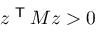
z ^ { \textsf { T } } M z > 0